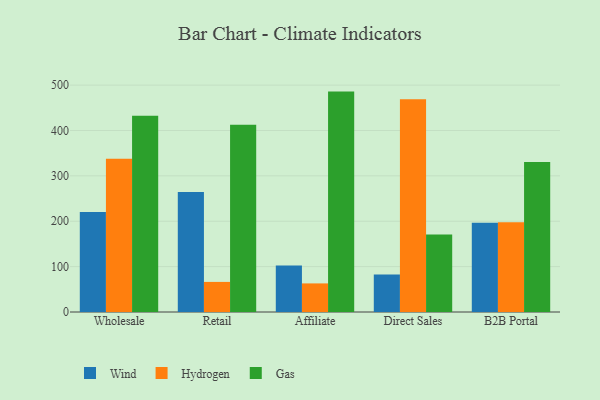
{"axis": {"x": "Channel", "y": "Active Users"}, "legend": ["Gas", "Hydrogen", "Wind"], "data": [{"x": "Wholesale", "y": 220.6, "type": "Wind"}, {"x": "Wholesale", "y": 337.6, "type": "Hydrogen"}, {"x": "Wholesale", "y": 432.6, "type": "Gas"}, {"x": "Retail", "y": 264.5, "type": "Wind"}, {"x": "Retail", "y": 66.3, "type": "Hydrogen"}, {"x": "Retail", "y": 412.4, "type": "Gas"}, {"x": "Affiliate", "y": 102.6, "type": "Wind"}, {"x": "Affiliate", "y": 63.0, "type": "Hydrogen"}, {"x": "Affiliate", "y": 485.7, "type": "Gas"}, {"x": "Direct Sales", "y": 82.9, "type": "Wind"}, {"x": "Direct Sales", "y": 468.6, "type": "Hydrogen"}, {"x": "Direct Sales", "y": 170.9, "type": "Gas"}, {"x": "B2B Portal", "y": 196.5, "type": "Wind"}, {"x": "B2B Portal", "y": 197.9, "type": "Hydrogen"}, {"x": "B2B Portal", "y": 330.7, "type": "Gas"}]}